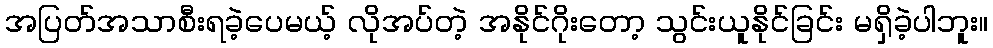
အပြတ်အသာစီးရခဲ့ပေမယ့် လိုအပ်တဲ့ အနိုင်ဂိုးတော့ သွင်းယူနိုင်ခြင်း မရှိခဲ့ပါဘူး။